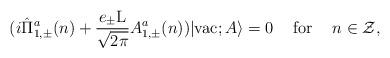
LaTeX: \begin{align*}(i\hat{\Pi}_{1,\pm}^a(n) + \frac{e_{\pm} \rm L}{\sqrt{2\pi}}A_{1,\pm}^a(n))|{\rm vac};A \rangle =0 \hspace{5 mm}{\rm for} \hspace{5 mm} n \in \cal Z,\end{align*}